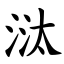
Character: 㳲